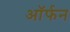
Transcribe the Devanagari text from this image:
ऑर्फन